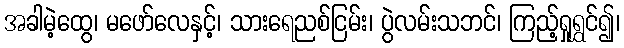
အခါမဲ့ထွေ၊ မဖော်လေနှင့်၊ သားရေညစ်ငြမ်း၊ ပွဲလမ်းသဘင်၊ ကြည့်ရှုရွှင်၍၊